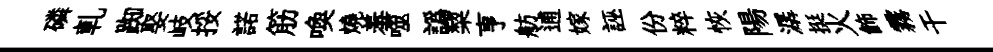
磷軋踟娶岐挼諾筋喚燒羞噬譌棃亨舫逋嫁誣份粹恢陽潺挺火飾霧干